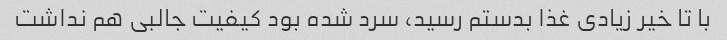
با تا خیر زیادی غذا بدستم رسید، سرد شده بود کیفیت جالبی هم نداشت